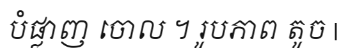
បំផ្លាញ ចោល ។ រូបភាព តូច |